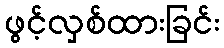
ဖွင့်လှစ်ထားခြင်း